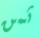
ثمن